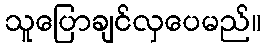
သူပြောချင်လှပေမည်။